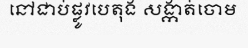
នៅជាប់ផ្លូវបេតុង សង្កាត់ចោម